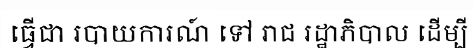
ធ្វើជា របាយការណ៍ ទៅ រាជ រដ្ឋាភិបាល ដើម្បី